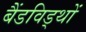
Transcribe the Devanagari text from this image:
बैंडविड्थों